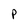
Character: P